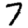
Digit: 7